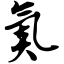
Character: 氮